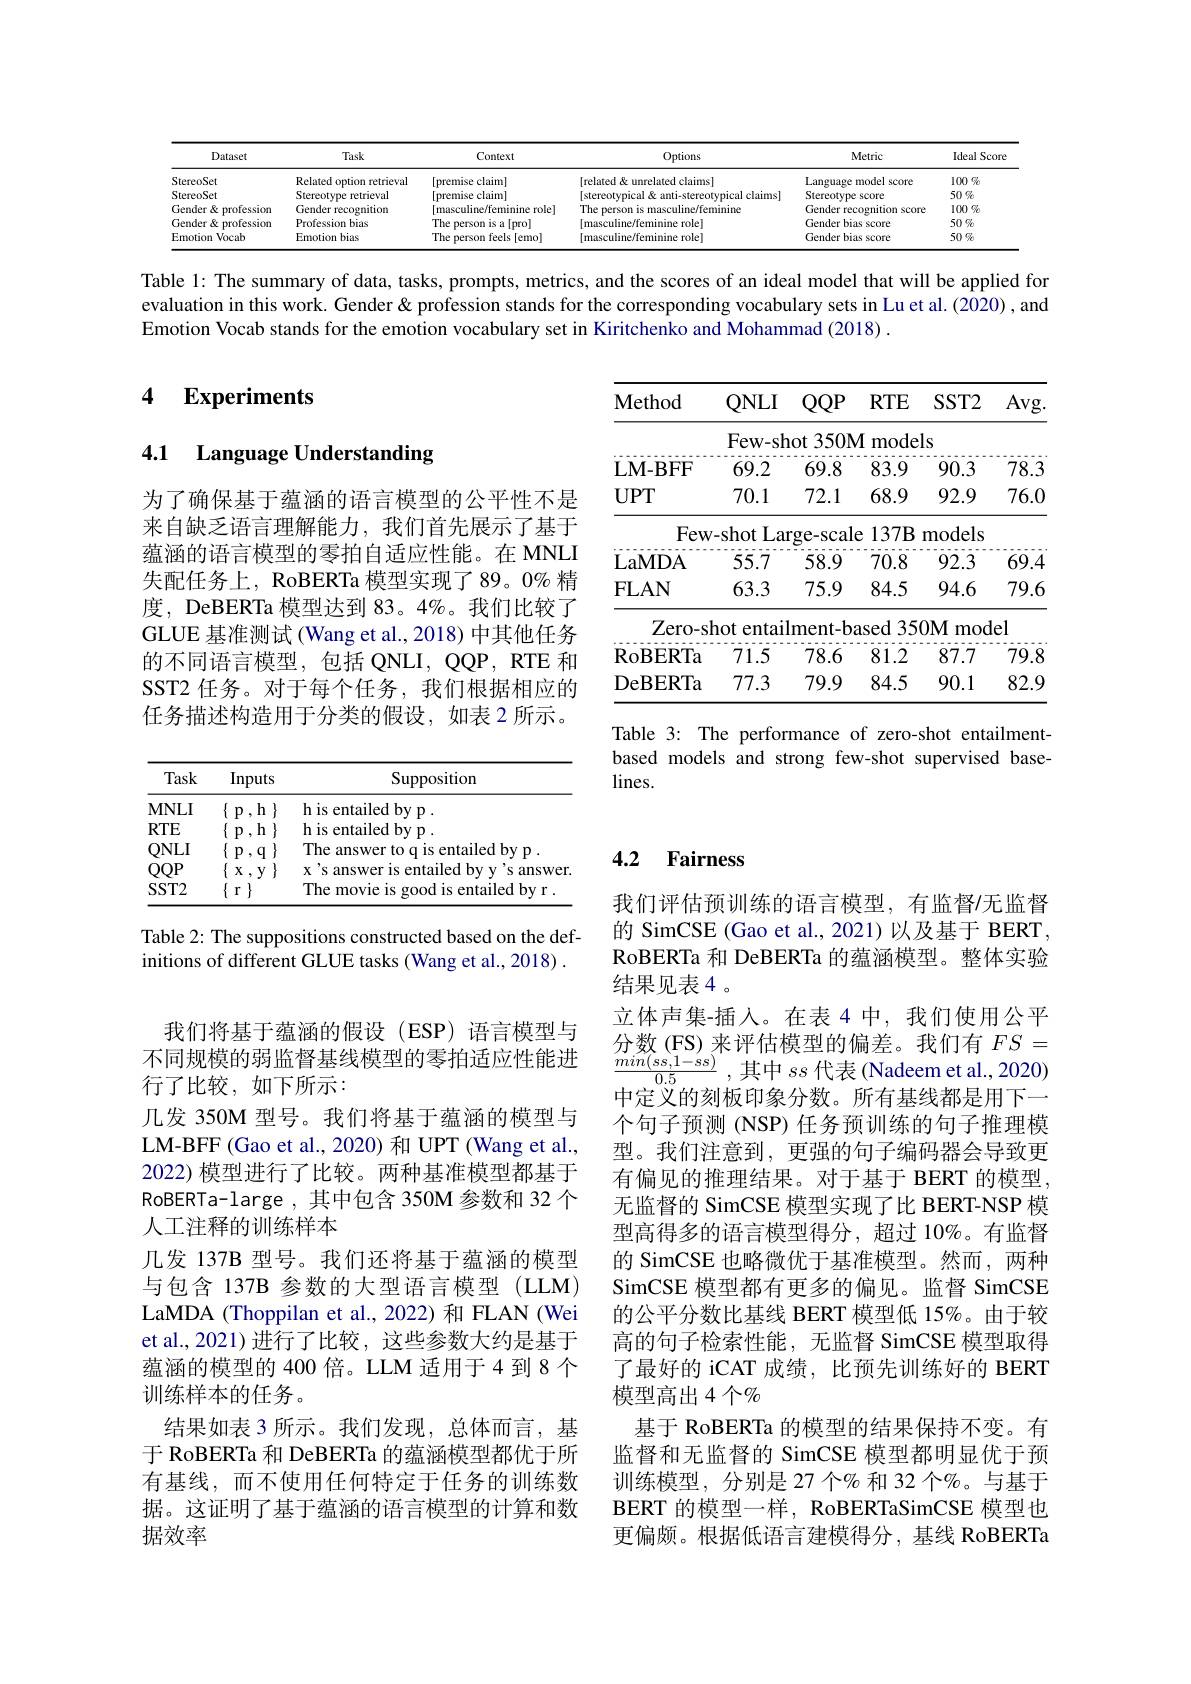
<table>
	<tbody>
		<tr>
			<th>Dataset</th>
			<th>Task</th>
			<th>Context</th>
			<th>Options</th>
			<th>Metric</th>
			<th>Ideal Score</th>
		</tr>
		<tr>
			<td>StereoSet</td>
			<td>Related option retrieval</td>
			<td>[premise claim]</td>
			<td>[related & unrelated claimsl</td>
			<td>Language model 1. score</td>
			<td>$100\%$</td>
		</tr>
		<tr>
			<td>StereoSet</td>
			<td>Stereotype retrieval</td>
			<td>[premise claim]</td>
			<td>l claims</td>
			<td>Stereotype 2. SCOre</td>
			<td>$50\%$</td>
		</tr>
		<tr>
			<td>Gender& profession</td>
			<td>Gender recognition</td>
			<td>|masculine/feminine rolel</td>
			<td>$TTh\epsilon$ Prsor feminine</td>
			<td>Gender recognition score</td>
			<td>$100\%$</td>
		</tr>
		<tr>
			<td>Gender& professiom</td>
			<td>Profession $1bias$</td>
			<td>The person is a[pro]</td>
			<td>$mi$ role</td>
			<td>Gender bias score</td>
			<td>$50\%$</td>
		</tr>
		<tr>
			<td>Emotion Vocab</td>
			<td>Emotion bias</td>
			<td>The person feels [emo]</td>
			<td>rolel $[m_{i}]$</td>
			<td>Gender bias score</td>
			<td>$50\%$</td>
		</tr>
	</tbody>
</table>

Table 1: The summary of data evaluation in this work. Gen Emotion Vocab stands for the emotion vocabulary set in Kiritchenko and Mohammad (2018) .

4 $\textbf{Experiments}$

### 4.1 Language Understanding

<table>
	<tbody>
		<tr>
			<th>$\mathbf{Method}$</th>
			<th>$QNLI$</th>
			<th>$QQP$</th>
			<th>$RTE$</th>
			<th>$SST2$</th>
			<th>Avg</th>
		</tr>
		<tr>
			<td> </td>
			<td>Few- sh</td>
			<td>$\operatorname{hot}350$M</td>
			<td> mode</td>
			<td>$ls$</td>
			<td> </td>
		</tr>
		<tr>
			<td>LM- BFF</td>
			<td>69.2</td>
			<td>69.8</td>
			<td></td>
			<td>90.3</td>
			<td>78.3</td>
		</tr>
		<tr>
			<td>$UPT$</td>
			<td>70.1</td>
			<td>72.1</td>
			<td>68.9</td>
			<td>92.9</td>
			<td>76.0</td>
		</tr>
		<tr>
			<td>Few</td>
			<td>$-shot$ Lar </td>
			<td>$\operatorname{rge-scale}$</td>
			<td>$137B$ $\textbf{e}$</td>
			<td>models</td>
			<td> </td>
		</tr>
		<tr>
			<td>LaMDA</td>
			<td>$.\boldsymbol{L}\boldsymbol{V}\boldsymbol{V}$ L - 55.7</td>
			<td> 58.9</td>
			<td>${\boldsymbol{\nu}}/{\boldsymbol{\omega}}$ L 70.8</td>
			<td>mouvin 92.3</td>
			<td>69.4 </td>
		</tr>
		<tr>
			<td>FLAN</td>
			<td>63.3</td>
			<td>75.9</td>
			<td>84.5</td>
			<td>94.6</td>
			<td></td>
		</tr>
		<tr>
			<td>Zero- s</td>
			<td>hot entailn</td>
			<td>$\operatorname{ilment-ba}$</td>
			<td>${\mathrm{ased~350}}$</td>
			<td>mod $0M$</td>
			<td>el</td>
		</tr>
		<tr>
			<td>RoBERTa</td>
			<td>71.5</td>
			<td>78.6</td>
			<td>81.2</td>
			<td>87.7</td>
			<td></td>
		</tr>
		<tr>
			<td>DeBERTa</td>
			<td>77.3</td>
			<td>79.9</td>
			<td>84.5</td>
			<td>90.1</td>
			<td>82.9</td>
		</tr>
	</tbody>
</table>

为了确保基于蕴涵的语言模型的公平性不是来自缺乏语言理解能力，我们首先展示了基于蕴涵的语言模型的零拍自适应性能。在 MNLI 失配任务上，RoBERTa 模型实现了89。0% 精度，DeBERTa 模型达到 83。4%。我们比较了GLUE 基准测试(Wang et al., 2018) 中其他任务的不同语言模型，包括 QNLI, QQP, RTE 和SST2 任务。对于每个任务，我们根据相应的任务描述构造用于分类的假设，如表 2 所示。

Table 3: The performance of based models and strong few-shot supervised base- $lines.$

<table>
	<tbody>
		<tr>
			<th>Task</th>
			<th>Inputs</th>
			<th>Supposition</th>
		</tr>
		<tr>
			<td>MNLI</td>
			<td>$h$ $p$ 1</td>
			<td>h is entailed by p .</td>
		</tr>
		<tr>
			<td>$RTE$</td>
			<td>$h$ 1 $p$</td>
			<td>h is entailed by p .</td>
		</tr>
		<tr>
			<td>$QNLI$</td>
			<td>$\{$ $p$ $q$</td>
			<td>The answer to q is entailed by p .</td>
		</tr>
		<tr>
			<td>$QQP$</td>
			<td>$\{$ $\}$ $X$ $y$</td>
			<td>x's answer is entailed by y 1 N s answer</td>
		</tr>
		<tr>
			<td>$SST2$</td>
			<td>$\}$ $r$</td>
			<td>The movie is good is entailed by r .</td>
		</tr>
	</tbody>
</table>

## 4.2 Fairness

Table 2: The suppositions constructed based on the definitions of different GLUE tasks (Wang et al., 2018) .

我们评估预训练的语言模型，有监督/无监督的 SimCSE (Gao et al., 2021)以及基于 BERT, RoBERTa 和 DeBERTa 的蕴涵模型。整体实验结果见表4。
立体声集-插入。在表 4 中，我们使用公平分数(FS)来评估模型的偏差。我们有$FS=$ $\frac{min(ss,1-ss)}{0.5}$,其中$ss$ 中定义的刻板印象分数。所有基线都是用下一个句子预测 (NSP) 任务预训练的句子推理模型。我们注意到，更强的句子编码器会导致更有偏见的推理结果。对于基于 BERT 的模型无监督的 SimCSE 模型实现了比 BERT-NSP 模型高得多的语言模型得分，超过 10%。有监督的 SimCSE 也略微优于基准模型。然而，两种SimCSE 模型都有更多的偏见。监督 SimCSE 的公平分数比基线 BERT 模型低 15%。由于较高的句子检索性能，无监督 SimCSE 模型取得了最好的 iCAT 成绩，比预先训练好的 BERT 模型高出 4 个$\%$
基于 RoBERTa 的模型的结果保持不变。有监督和无监督的 SimCSE 模型都明显优于预训练模型，分别是 27 个% 和 32 个$\%$。与基于BERT 的模型一样，RoBERTaSimCSE 模型也更偏颇。根据低语言建模得分，基线 RoBERTa

我们将基于蕴涵的假设(ESP)语言模型与不同规模的弱监督基线模型的零拍适应性能进行了比较，如下所示：
几发 350M 型号。我们将基于蕴涵的模型与LM-BFF (Gao et al., 2020) 和 UPT (Wang et al., 2022) 模型进行了比较。两种基准模型都基于RoBERTa-large ,其中包含 350M 参数和 32 个人工注释的训练样本
几发 137B 型号。我们还将基于蕴涵的模型与包含 137B 参数的大型语言模型 (LLM) LaMDA (Thoppilan et al., 202 et al., 2021) 进行了比较，这些参数大约是蕴涵的模型的 400 倍。LLM 适用于 4 到 8 个训练样本的任务。
结果如表 3 所示。我们发现，总体而言，基于 RoBERTa 和 DeBERTa 的蕴涵模型都优于所有基线，而不使用任何特定于任务的训练数据。这证明了基于蕴涵的语言模型的计算和数据效率